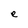
Character: e